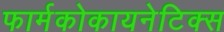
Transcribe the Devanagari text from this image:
फार्मकोकायनेटिक्स